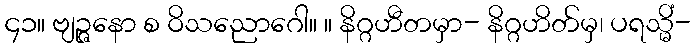
၄၁။ ဗျဉ္ဇနော စ ဝိသညောဂေါ။ ။ နိဂ္ဂဟီတမှာ- နိဂ္ဂဟိတ်မှ၊ ပရသ္မိံ-